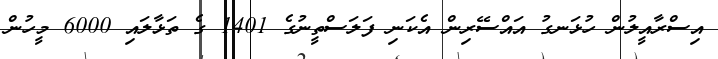
އިސްރާއީލުން ހުޅަނގު އައްސޭރިން އެކަނި ފަލަސްތީނުގެ 1401 ގެ ތަޅާލައި 6000 މީހުން